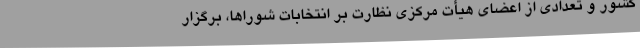
کشور و تعدادی از اعضای هیأت مرکزی نظارت بر انتخابات شوراها، برگزار